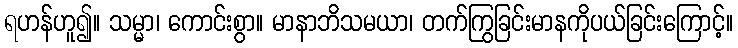
ရဟန်ဟူ၍။ သမ္မာ၊ ကောင်းစွာ။ မာနာဘိသမယာ၊ တက်ကြွခြင်းမာနကိုပယ်ခြင်းကြောင့်။